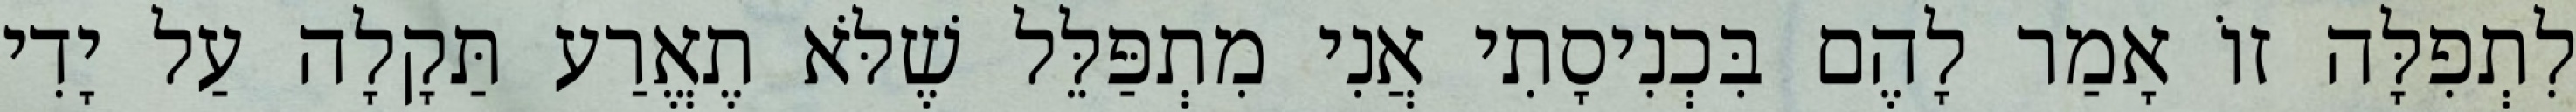
לִתְפִלָּה זוֹ אָמַר לָהֶם בִּכְנִיסָתִי אֲנִי מִתְפַּלֵּל שֶׁלֹּא תֶאֱרַע תַּקָלָה עַל יָדִי